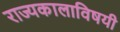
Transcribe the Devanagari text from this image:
राज्यकालाविषयी